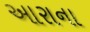
આરાના